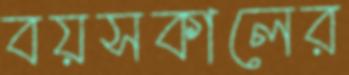
বয়সকালের